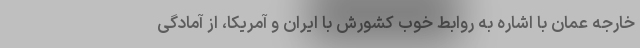
خارجه عمان با اشاره به روابط خوب کشورش با ایران و آمریکا، از آمادگی